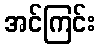
အင်ကြင်း